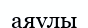
аяулы